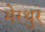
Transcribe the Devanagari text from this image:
मेरथुर